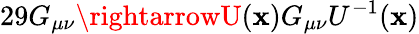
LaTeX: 29G_{\mu\nu}\rightarrowU(\mathbf{x})G_{\mu\nu}U^{-1}(\mathbf{x})